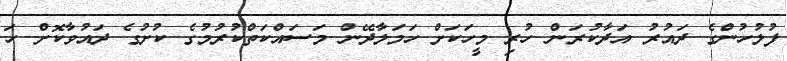
ފުލުހުންގެ ދައުރު އަދާކުރަން ހުރި މީހަކަށް ހަމަލާދޭން މަސައްކަތްކުރުމުގެ ކުށުގެ ދައުވާކޮށް ހަ